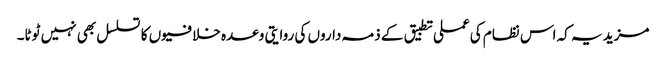
مزید یہ کہ اس نظام کی عملی تطبیق کے ذمہ داروں کی روایتی وعدہ خلافیوں کا تسلسل بھی نہیں ٹوٹا۔